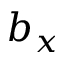
b _ { x }